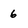
Character: 6